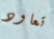
تعاود